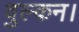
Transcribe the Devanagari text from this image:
वुल्कन।